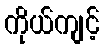
ကိုယ်ကျင့်